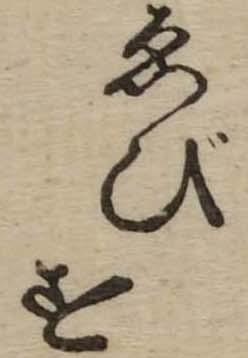
ゑびす